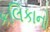
કલિકાનો